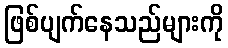
ဖြစ်ပျက်နေသည်များကို